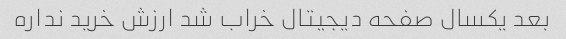
بعد یکسال صفحه دیجیتال خراب شد ارزش خرید نداره